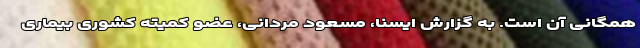
همگانی آن است. به گزارش ایسنا، مسعود مردانی، عضو کمیته کشوری بیماری